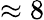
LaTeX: \approx 8